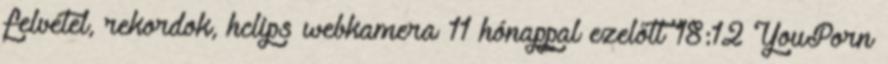
felvétel, rekordok, hclips webkamera 11 hónappal ezelőtt 18:12 YouPorn